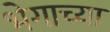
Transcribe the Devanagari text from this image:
भेगाच्या